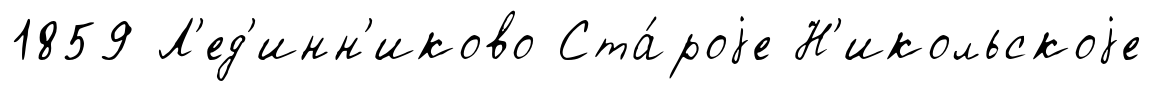
1859 Л'ед'инн'иково Ста́роjе Н'икольскоjе